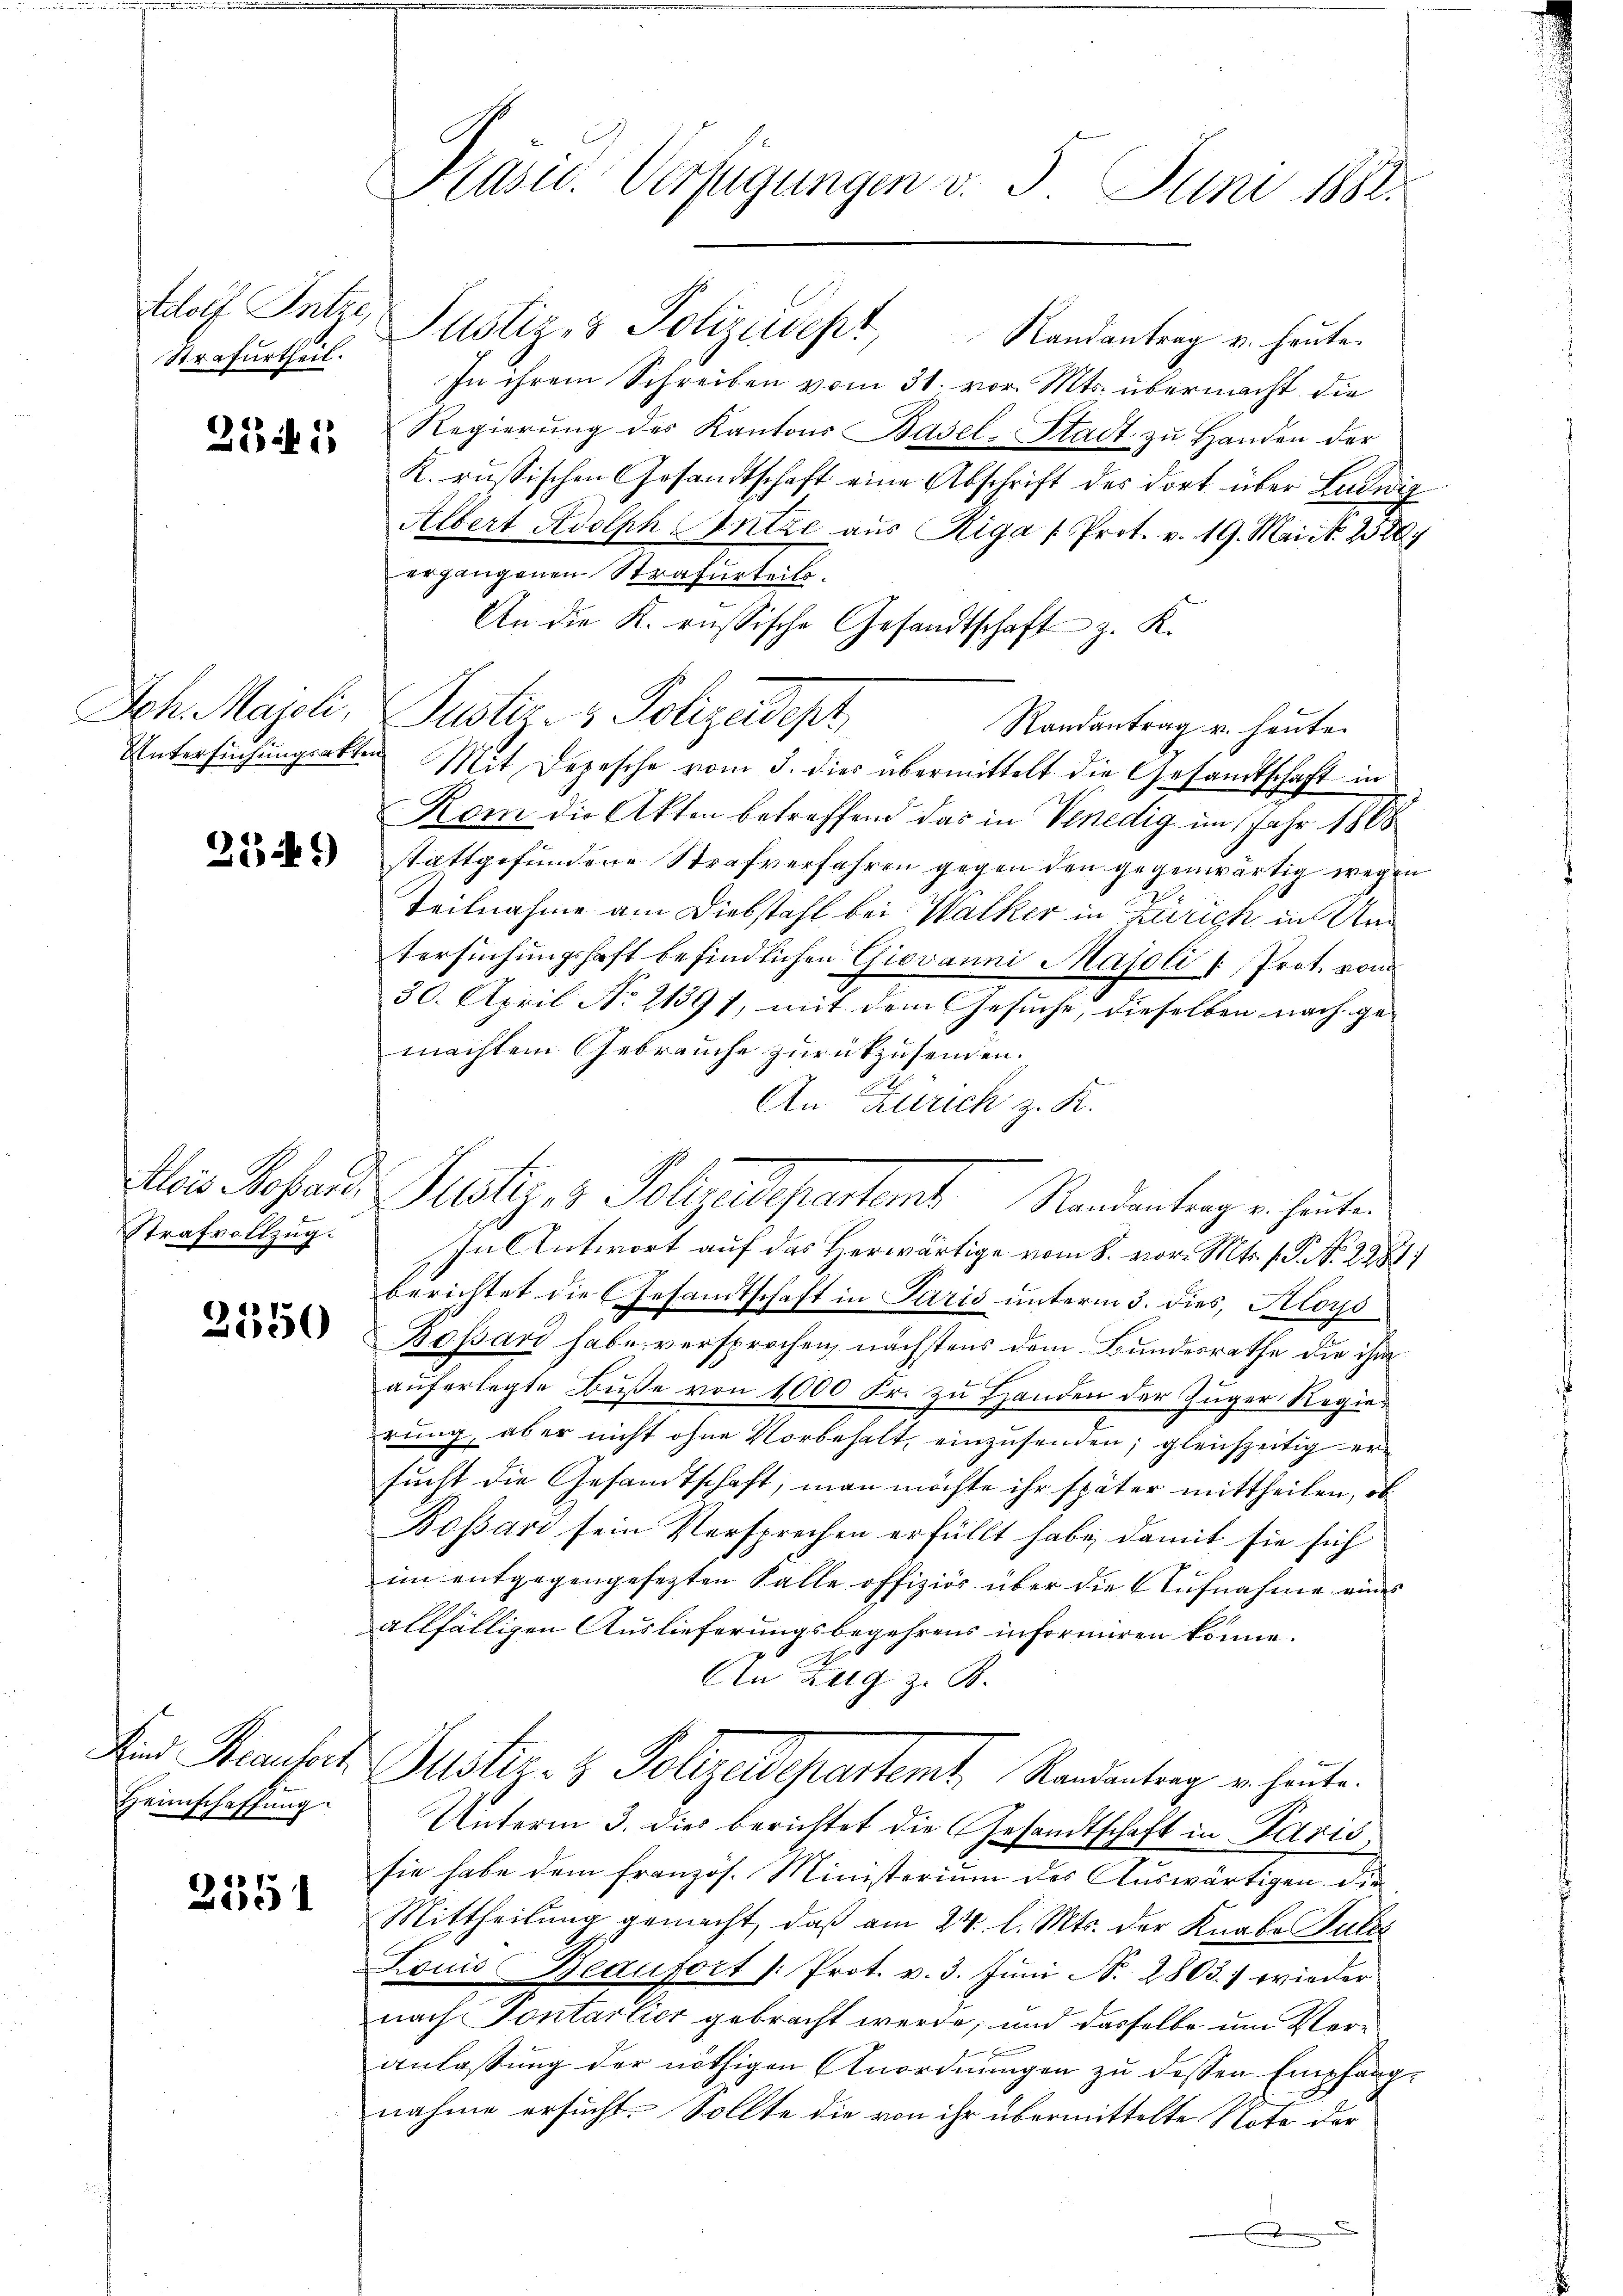
Adolf Intze
Strafurtheil.

251

Joh. Majoli,

359)

Strafvollzug.

2550

Heimschaffung

2351

Präsid. Verfügungen v. 5. Juni 1881.

Justiz- & Polizeidept, Randantrag u. heute.
In ihrem Schreiben vom 31. vor. Mts. übermacht die
Regierung des Kantons Basel-Stadt zu Handen der
K. russischen Gesandtschaft eine Abschrift des dort über Ludwig
Albert Adolph Antze aus Riga /Prot. v. 19. Mai N. 2520.
ergangenen Strafurteils.
An die K. russische Gesandtschaft z. K.
Randantrag u. heute.
Untersuchungsakten Mit Depesche vom 3. dies übermittelt die Gesandtschaft in
Kam die Akten betreffend das in Venedig im Jahr 1888
stattgefundene Strafverfahren gegen den gegenwärtig wegen
Teilnahme am Diebstahl bei Walker in Zürich in Untersuchungshaft befindlichen Giovanni Majoli /: Prot. vom
30. April No 21391, mit dem Gesuche, dieselben nach gemachten Gebrauche zurückzusenden.
An Zürich z. R.
Alois Sofand Justiz- & Polyedepartamt Randentragen heuten
In Antwort auf das Herwärtige vom 8. vor. Mts. f. P. Nr. 228.
berichtet die Gesandtschaft in Paris unterm 3. dies, Aloys
Bossard habe versprochen, nächstens dem Bundesrathe die ihm
auferlegte Buße von 1000 Fr. zu Handen der Züger Regierung, aber nicht ohne Vorbehalt, einzusenden; gleichzeitig ersucht die Gesandtschaft, man möchte ihr später mittheilen, ob
Bossari sein Versprechen erfüllt habe, damit sie sich
im entgegengefegten Falle offiziös über die Aufnahme eines |
allfälligen Auslieferungsbegehrens informiren könne.
An Zug z. B.
And Raubart Justiz- & Polizeidepartemt Randeantrag in heute.
Unterm 3. dies berichtet die Gesandtschaft in Paris,
sie habe dem französ. Ministerium des Auswärtigen die
Mittheilung gemacht, daß am 24. l. Mts. der Knabe Sulz
Louis Beaufort (Prot. v. 3. Jŭni N. 2803. 7 wieder
nach Pontarlier gebracht werde; und dasselbe um Ver-
anlassung der nöthigen Anordnungen zu dessen Empfangnahme ersucht. Sollte die von ihr übermittelte Note der

Justiz- & Polizadopt